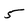
Character: 5